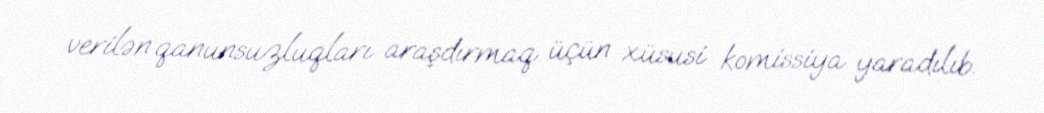
verilən qanunsuzluqları araşdırmaq üçün xüsusi komissiya yaradılıb.